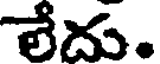
లేదు.